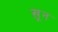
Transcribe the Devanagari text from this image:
ख़़ून